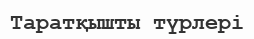
Таратқышты түрлері